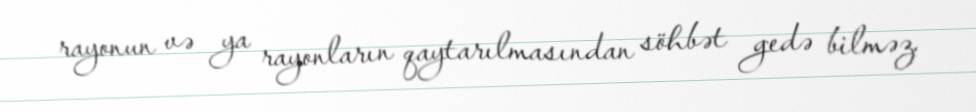
rayonun və ya rayonların qaytarılmasından söhbət gedə bilməz.